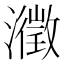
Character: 瀓